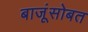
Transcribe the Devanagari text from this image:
बाजूंसोबत